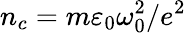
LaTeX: n_{c}=m\varepsilon_{0}\omega_{0}^{2}/e^{2}